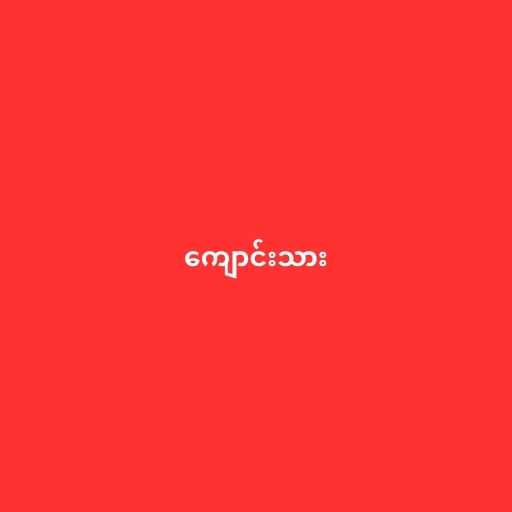
ကျောင်းသား